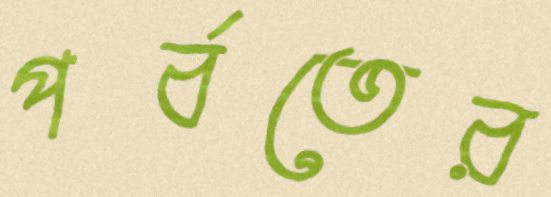
পর্বতের